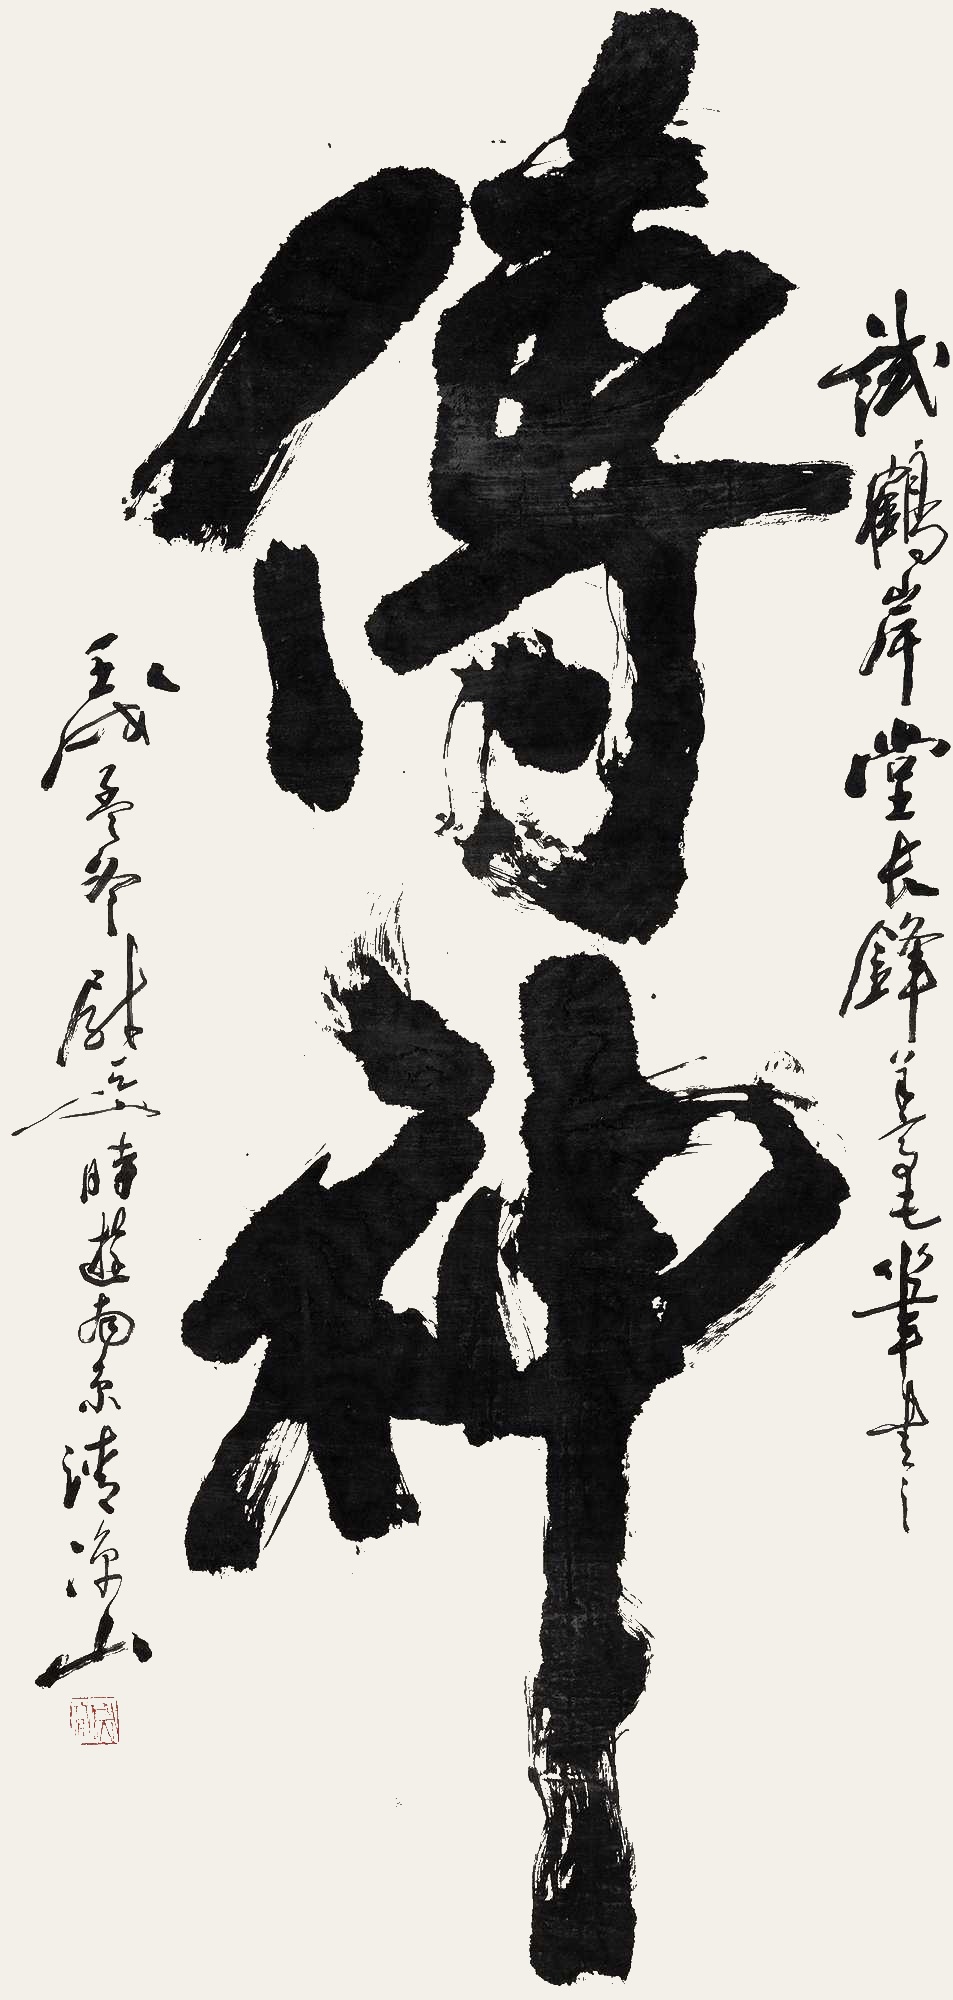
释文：传神。试鹤岸堂长锋羊毫笔书之。壬戌孟冬，尉天池时游南京清凉山。